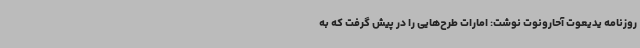
روزنامه یدیعوت آحارونوت نوشت: امارات طرح‌هایی را در پیش گرفت که به